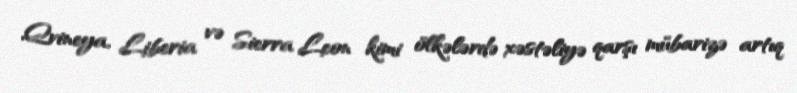
Qvineya, Liberia və Sierra Leon kimi ölkələrdə xəstəliyə qarşı mübarizə artıq